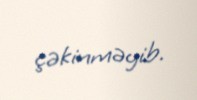
çəkinməyib.